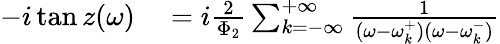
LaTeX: \begin{array}{rl}{-i\tan z(\omega)}&{{}=i\frac{2}{\Phi_{2}}\sum_{k=-\infty}^{+\infty}\frac{1}{(\omega-\omega_{k}^{+})(\omega-\omega_{k}^{-})}}\end{array}